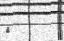
٤